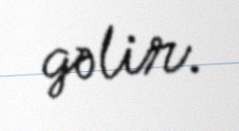
gəlir.